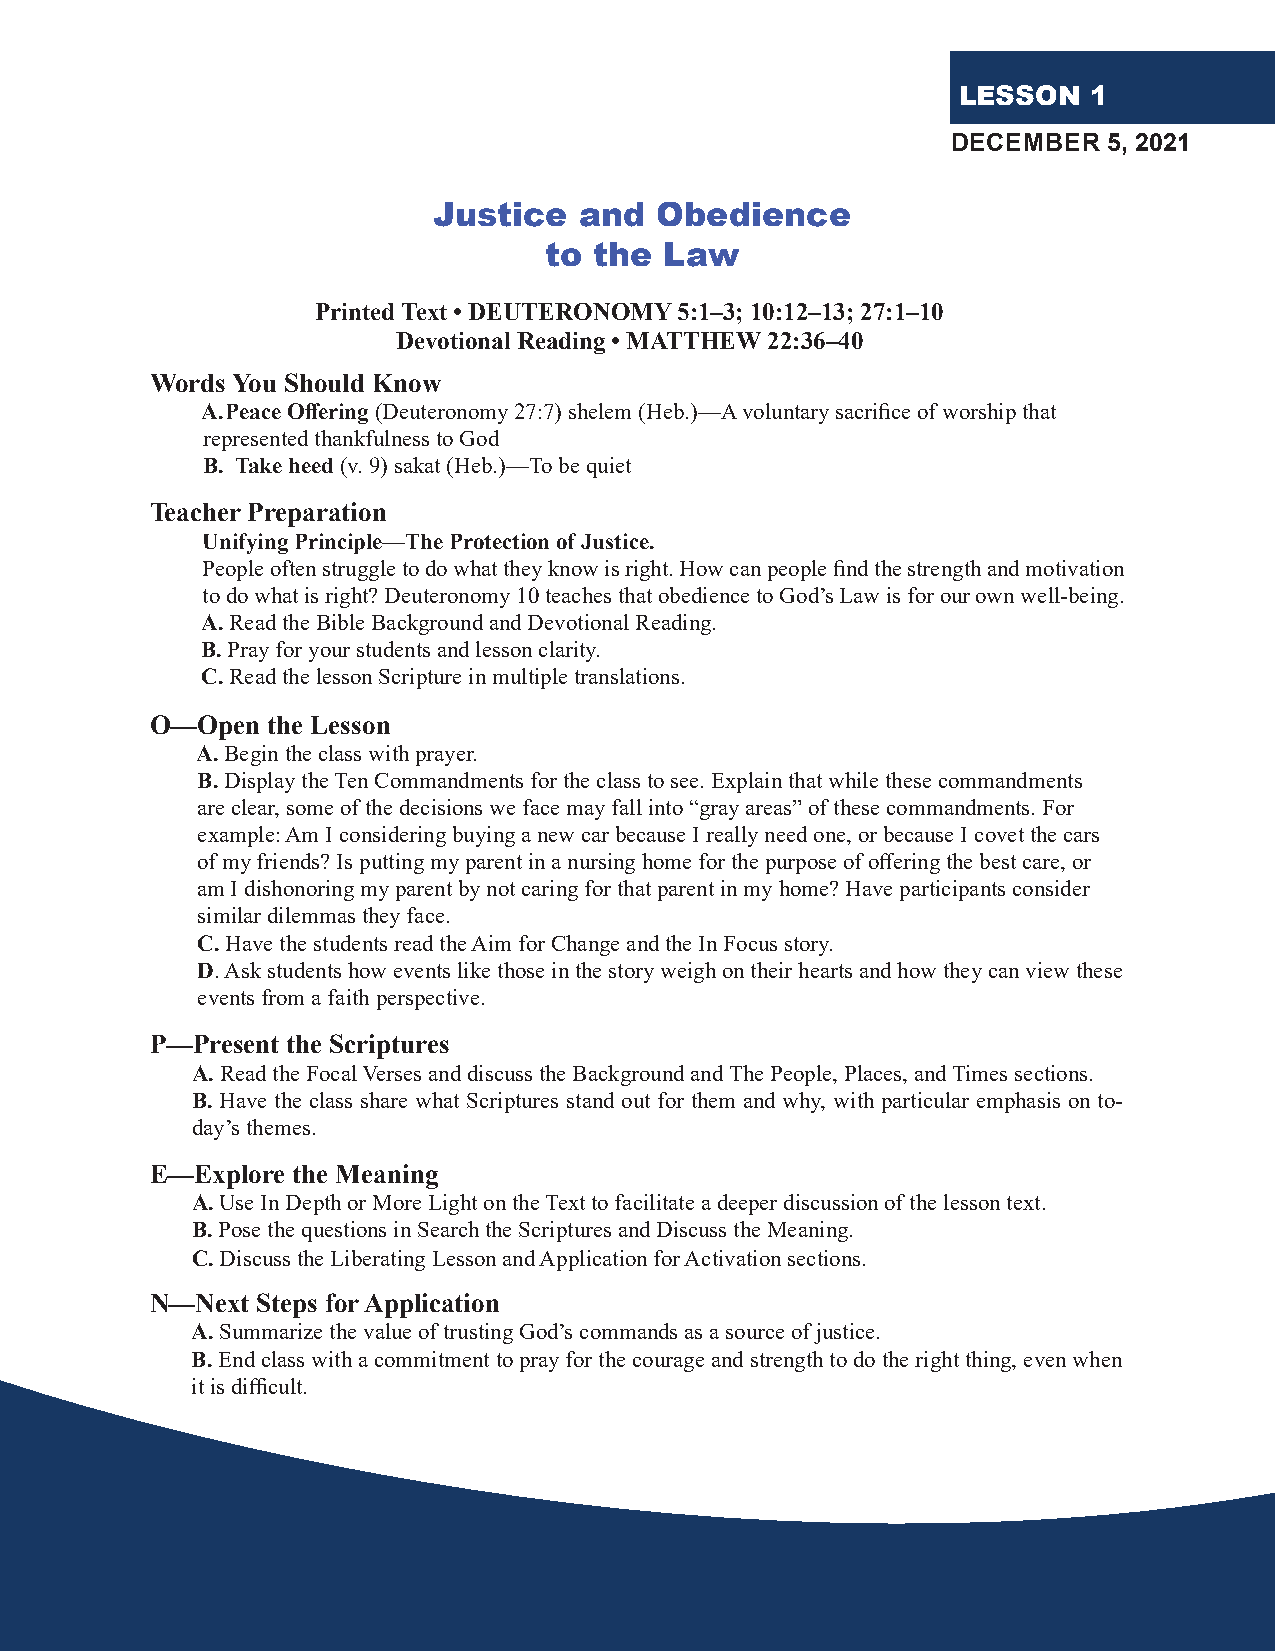
LESSON   1
 DECEMBER  5, 2021
 Justice  and  Obedience
 to the  Law
 Printed Text • DEUTERONOMY 5:1–3; 10:12–13; 27:1–10
 Devotional Reading • MATTHEW 22:36–40
 Words You Should Know
 A. Peace Offering (Deuteronomy 27:7) shelem (Heb.)—A voluntary sacrifice of worship that
 represented thankfulness to God
 B. Take heed (v. 9) sakat (Heb.)—To be quiet
 Teacher Preparation
 Unifying Principle—The Protection of Justice.
 People often struggle to do what they know is right. How can people find the strength and motivation
 to do what is right? Deuteronomy 10 teaches that obedience to God’s Law is for our own well-being.
 A. Read the Bible Background and Devotional Reading.
 B. Pray for your students and lesson clarity.
 C. Read the lesson Scripture in multiple translations.
 O—Open  the Lesson
 A. Begin the class with prayer.
 B. Display the Ten Commandments for the class to see. Explain that while these commandments
 are clear, some of the decisions we face may fall into “gray areas” of these commandments. For
 example: Am I considering buying a new car because I really need one, or because I covet the cars
 of my friends? Is putting my parent in a nursing home for the purpose of offering the best care, or
 am I dishonoring my parent by not caring for that parent in my home? Have participants consider
 similar dilemmas they face.
 C. Have the students read the Aim for Change and the In Focus story.
 D. Ask students how events like those in the story weigh on their hearts and how they can view these
 events from a faith perspective.
 P—Present the Scriptures
 A. Read the Focal Verses and discuss the Background and The People, Places, and Times sections.
 B. Have the class share what Scriptures stand out for them and why, with particular emphasis on to-
 day’s themes.
 E—Explore the Meaning
 A. Use In Depth or More Light on the Text to facilitate a deeper discussion of the lesson text.
 B. Pose the questions in Search the Scriptures and Discuss the Meaning.
 C. Discuss the Liberating Lesson and Application for Activation sections.
 N—Next Steps for Application
 A. Summarize the value of trusting God’s commands as a source of justice.
 B. End class with a commitment to pray for the courage and strength to do the right thing, even when
 it is difficult.